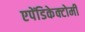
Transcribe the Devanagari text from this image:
एपेंडिकेक्टोमी